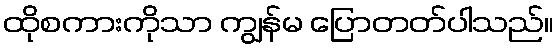
ထိုစကားကိုသာ ကျွန်မ ပြောတတ်ပါသည်။